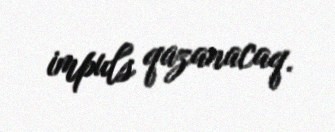
impuls qazanacaq.